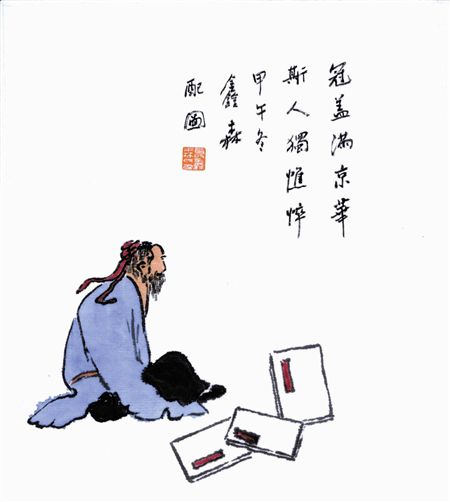
冠盖满京华，斯人独憔悴。